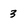
Character: 3